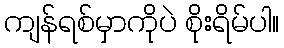
ကျန်ရစ်မှာကိုပဲ စိုးရိမ်ပါ။